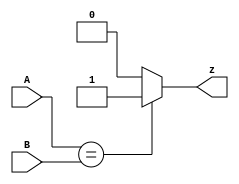
module twobitequality (A, B, z );
input [1:0]A,B;
output reg z; 
    always @(*)
        if ( A==B)
            z=1;
    else z=0;
endmodule